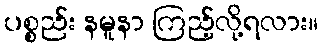
ပစ္စည်း နမူနာ ကြည့်လို့ရလား။